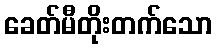
ခေတ်မီတိုးတက်သော